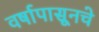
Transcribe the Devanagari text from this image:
वर्षापासूनचे